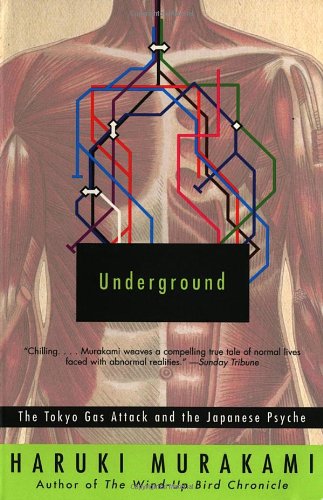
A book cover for Underground: The Tokyo Gas Attack and the Japanese Psyche; Haruki Murakami; History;